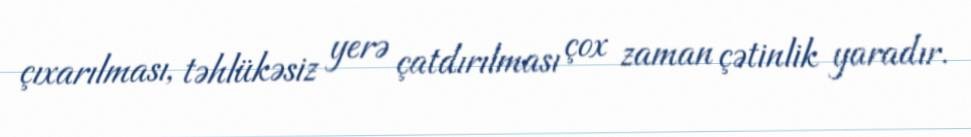
çıxarılması, təhlükəsiz yerə çatdırılması çox zaman çətinlik yaradır.